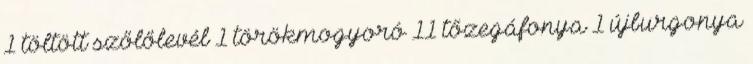
1 töltött szőlőlevél 1 törökmogyoró 11 tőzegáfonya 1 újburgonya